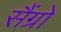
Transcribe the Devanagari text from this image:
सैंग्रो